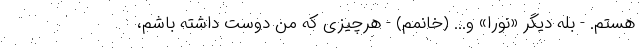
هستم. - بله دیگر «نورا» و... (خانمم) - هرچیزی که من دوست داشته باشم،